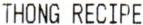
THONG RECIPE